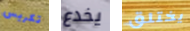
تكريس يخدع يختلق